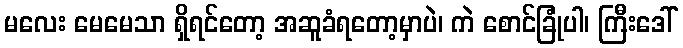
မလေး မေမေသာ ရှိရင်တော့ အဆူခံရတော့မှာပဲ၊ ကဲ စောင်ခြုံပါ၊ ကြီးဒေါ်